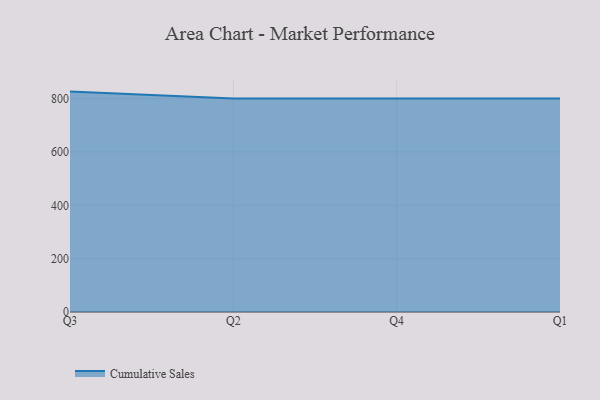
{"axis": {"x": "Quarter", "y": "Population (Million)"}, "legend": ["Cumulative Sales"], "data": [{"x": "Q3", "y": 826.3, "type": "Cumulative Sales"}, {"x": "Q2", "y": 800, "type": "Cumulative Sales"}, {"x": "Q4", "y": 800, "type": "Cumulative Sales"}, {"x": "Q1", "y": 800, "type": "Cumulative Sales"}]}